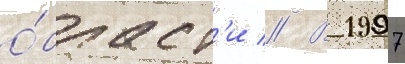
о́бласт'и // В 1997